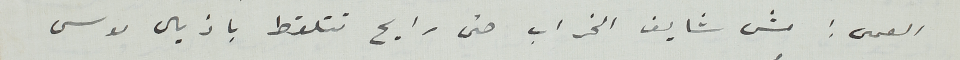
العمى: مش شايف الخراب حتى رايح تتلقط باذيال موسى